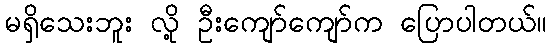
မရှိသေးဘူး လို့ ဦးကျော်ကျော်က ပြောပါတယ်။